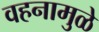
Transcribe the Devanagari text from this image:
वहनामुळे